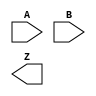
module AND(
	input A, B,
	output Z
);

endmodule

module NOR(
	input A, B,
	output Z
);

endmodule

module XOR(
	input A, B,
	output Z
);

endmodule

module XNOR(
	input A, B,
	output Z
);

endmodule

module IV(
	input A,
	output Z
);

endmodule